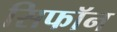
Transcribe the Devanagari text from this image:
सिफॉन